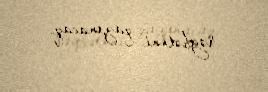
rəğbətini qazanacaq.